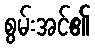
စွမ်းအင်၏